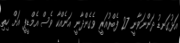
އަޅުގަނޑު ދަންނަވާނީ 27 ފެބްރުއަރީ ވެގެންދާނީ އަނެއްކާ ވެސް އެމްޑީޕީ އަށް ހިތި